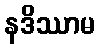
နဒိဿာမ